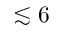
\lesssim 6